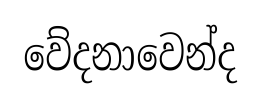
වේදනාවෙන්ද